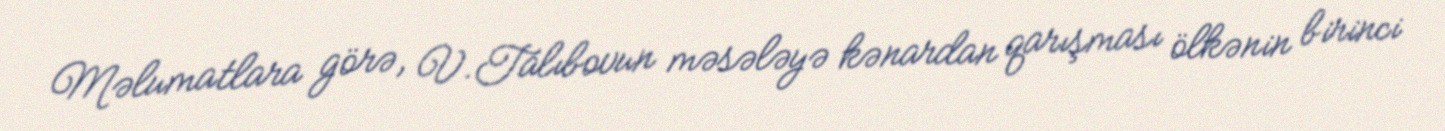
Məlumatlara görə, V.Talıbovun məsələyə kənardan qarışması ölkənin birinci